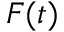
F ( t )